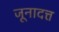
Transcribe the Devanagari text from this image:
जूनादत्त